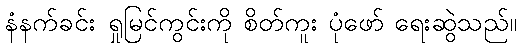
နံနက်ခင်း ရှုမြင်ကွင်းကို စိတ်ကူး ပုံဖော် ရေးဆွဲသည်။